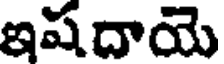
ఇషదాయె